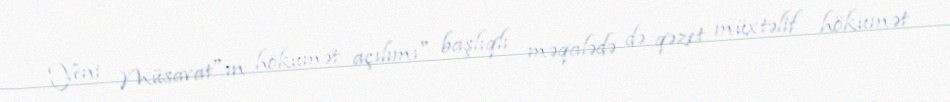
Yeni Müsavat"ın hökumət açılımı" başlıqlı məqalədə də qəzet müxtəlif hökumət